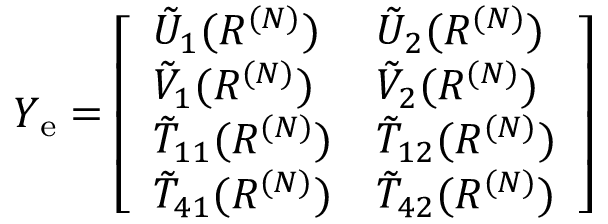
\begin{array} { r } { Y _ { \mathrm { e } } = \left[ \begin{array} { l l } { \tilde { U } _ { 1 } ( R ^ { ( N ) } ) } & { \tilde { U } _ { 2 } ( R ^ { ( N ) } ) } \\ { \tilde { V } _ { 1 } ( R ^ { ( N ) } ) } & { \tilde { V } _ { 2 } ( R ^ { ( N ) } ) } \\ { \tilde { T } _ { 1 1 } ( R ^ { ( N ) } ) } & { \tilde { T } _ { 1 2 } ( R ^ { ( N ) } ) } \\ { \tilde { T } _ { 4 1 } ( R ^ { ( N ) } ) } & { \tilde { T } _ { 4 2 } ( R ^ { ( N ) } ) } \end{array} \right] } \end{array}